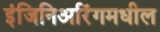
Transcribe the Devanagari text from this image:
इंजिनिअरिंगमधील